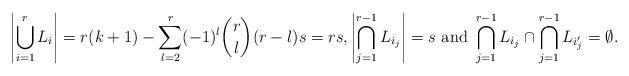
LaTeX: \begin{align*} \left| \bigcup_{i=1}^r L_i \right| = r(k+1) - \sum_{l=2}^r (-1)^l \binom{r}{l}(r-l)s = rs, \left| \bigcap_{j=1}^{r-1} L_{i_j} \right| = s \mbox{ and } \bigcap_{j=1}^{r-1} L_{i_j} \cap \bigcap_{j=1}^{r-1} L_{i'_{j}} = \emptyset. \end{align*}